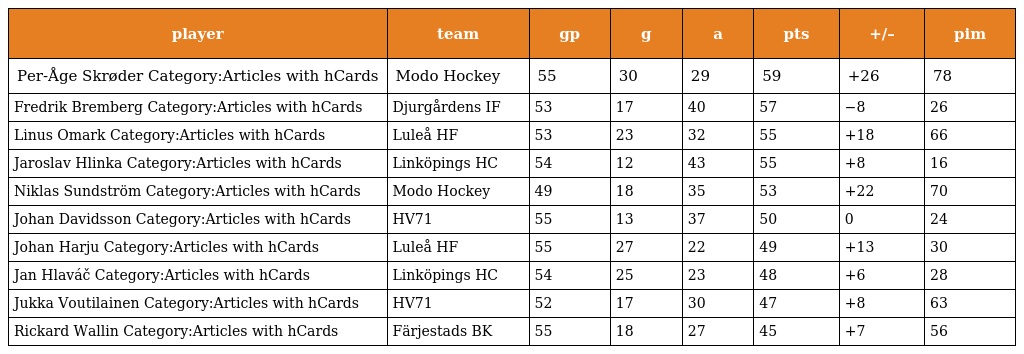
| player | team | gp | g | a | pts | +/– | pim |
 | --- | --- | --- | --- | --- | --- | --- | --- |
 | Per-Åge Skrøder Category:Articles with hCards | Modo Hockey | 55 | 30 | 29 | 59 | +26 | 78 |
 | Fredrik Bremberg Category:Articles with hCards | Djurgårdens IF | 53 | 17 | 40 | 57 | −8 | 26 |
 | Linus Omark Category:Articles with hCards | Luleå HF | 53 | 23 | 32 | 55 | +18 | 66 |
 | Jaroslav Hlinka Category:Articles with hCards | Linköpings HC | 54 | 12 | 43 | 55 | +8 | 16 |
 | Niklas Sundström Category:Articles with hCards | Modo Hockey | 49 | 18 | 35 | 53 | +22 | 70 |
 | Johan Davidsson Category:Articles with hCards | HV71 | 55 | 13 | 37 | 50 | 0 | 24 |
 | Johan Harju Category:Articles with hCards | Luleå HF | 55 | 27 | 22 | 49 | +13 | 30 |
 | Jan Hlaváč Category:Articles with hCards | Linköpings HC | 54 | 25 | 23 | 48 | +6 | 28 |
 | Jukka Voutilainen Category:Articles with hCards | HV71 | 52 | 17 | 30 | 47 | +8 | 63 |
 | Rickard Wallin Category:Articles with hCards | Färjestads BK | 55 | 18 | 27 | 45 | +7 | 56 |